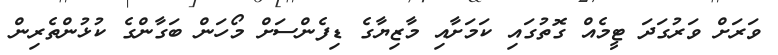
ވަރަށް ވަރުގަދަ ޓީމެއް ގޮތުގައި ކަމަށާއި މާޒިޔާގެ ޑިފެންސަށް މޯހަން ބަގާންގެ ކުޅުންތެރިން